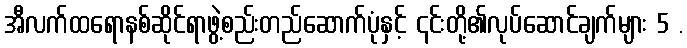
အီလက်ထရောနစ်ဆိုင်ရာဖွဲ့စည်းတည်ဆောက်ပုံနှင့် ၎င်းတို့၏လုပ်ဆောင်ချက်များ 5 .